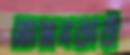
ভোজনকারী